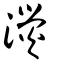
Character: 濙